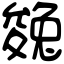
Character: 㕙